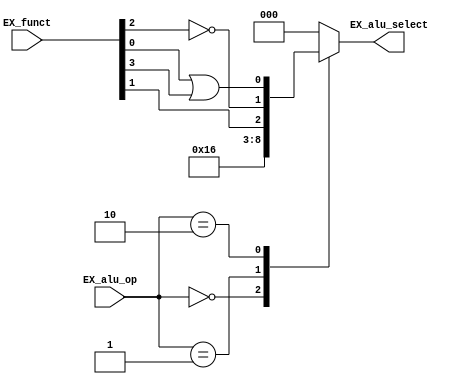
`ifndef _alu_control_v_
`define _alu_control_v_
`endif

module alu_control(EX_funct, EX_alu_op, EX_alu_select);

  input wire [5:0] EX_funct;
  input wire [1:0] EX_alu_op;
  output reg [2:0] EX_alu_select;

  always @ (EX_funct or EX_alu_op) begin
    case(EX_alu_op)
      2'b00:   EX_alu_select = 3'b010;
      2'b01:   EX_alu_select = 3'b110;
      2'b10:   EX_alu_select = {
                   EX_funct[1],
                   ~EX_funct[2],
                   EX_funct[0] | EX_funct[3]
                   };
      default: EX_alu_select = 3'b000;
    endcase
  end

endmodule